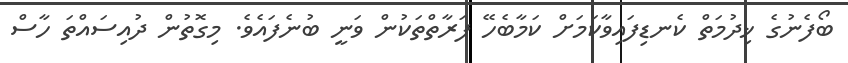
ބޯފެނުގެ ޚިދުމަތް ކެނޑިފައިވާކަމަށް ކަމާބެހޭ ފަރާތްތަކުން ވަނީ ބުނެފައެވެ. މިގޮތުން ދުއިސައްތަ ހާސް